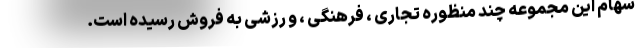
سهام این مجموعه چند منظوره تجاری ، فرهنگی ، و رزشی به فروش رسیده است.